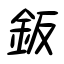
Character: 鈑